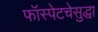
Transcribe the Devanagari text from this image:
फॉस्पेटचेसुद्धा